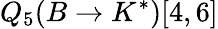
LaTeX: Q_{5}(B\to K^{*})[4,6]